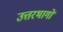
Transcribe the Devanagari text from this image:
उत्तरभागों